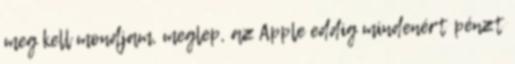
meg kell mondjam, meglep, az Apple eddig mindenért pénzt